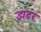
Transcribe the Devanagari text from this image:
झडर